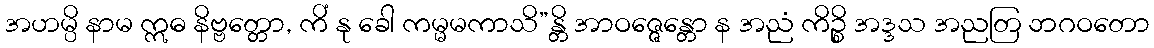
အဟမ္ပိ နာမ ဣဓ နိဗ္ဗတ္တော, ကိံ နု ခေါ ကမ္မမကာသိ”န္တိ အာဝဇ္ဇေန္တော န အညံ ကိဉ္စိ အဒ္ဒသ အညတြ ဘဂဝတော